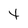
Character: t